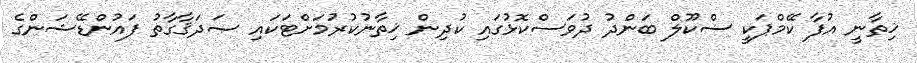
ޚިތާނީ އުފާ ކޭމްޕަކީ ސްކޫލް ބަންދު ދުވަސްކޮޅުގައި ކުދިން ޚިތާނުކުރުމަށްޓަކައި ޞަދަޤާގާތު ފައުންޑޭޝަންގެ